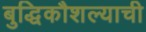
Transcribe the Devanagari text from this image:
बुद्धिकौशल्याची